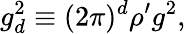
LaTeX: g_{d}^{2}\equiv(2\pi)^{d}\rho^{\prime}g^{2},